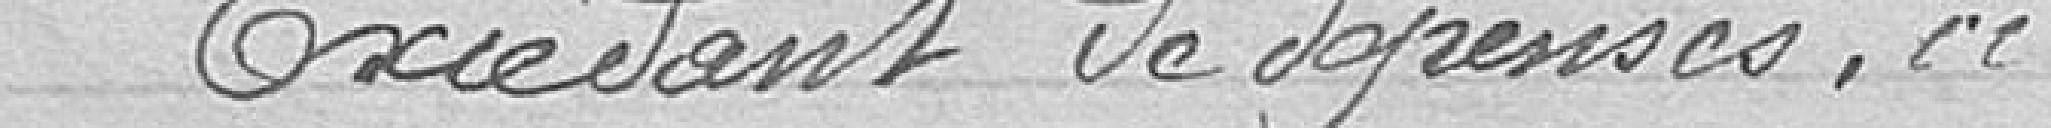
Excédant de dépenses